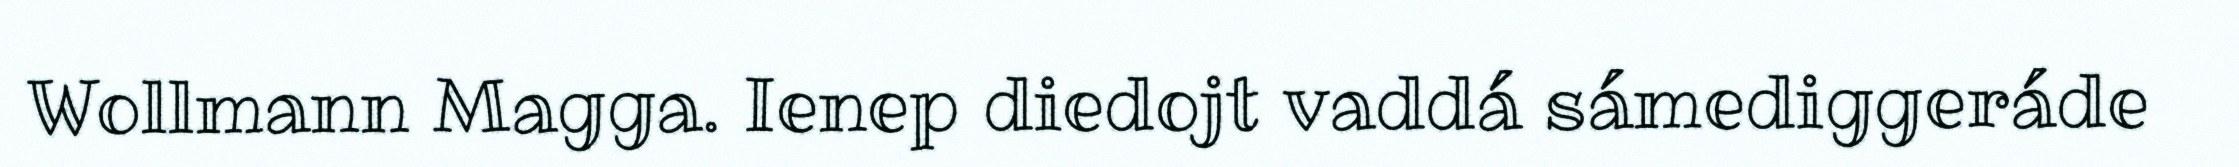
Wollmann Magga. Ienep diedojt vaddá sámediggeráde